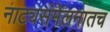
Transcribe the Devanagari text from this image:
नाट्यसंमेलनातच